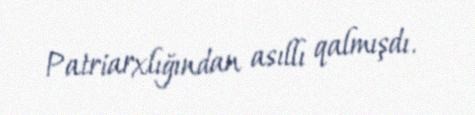
Patriarxlığından asıllı qalmışdı.